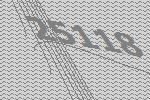
25118